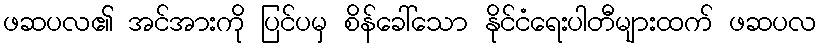
ဖဆပလ၏ အင်အားကို ပြင်ပမှ စိန်ခေါ်သော နိုင်ငံရေးပါတီများထက် ဖဆပလ